Senior Leaving Certificate Examination (including Day School Certificate (Higher) General paper), 1948
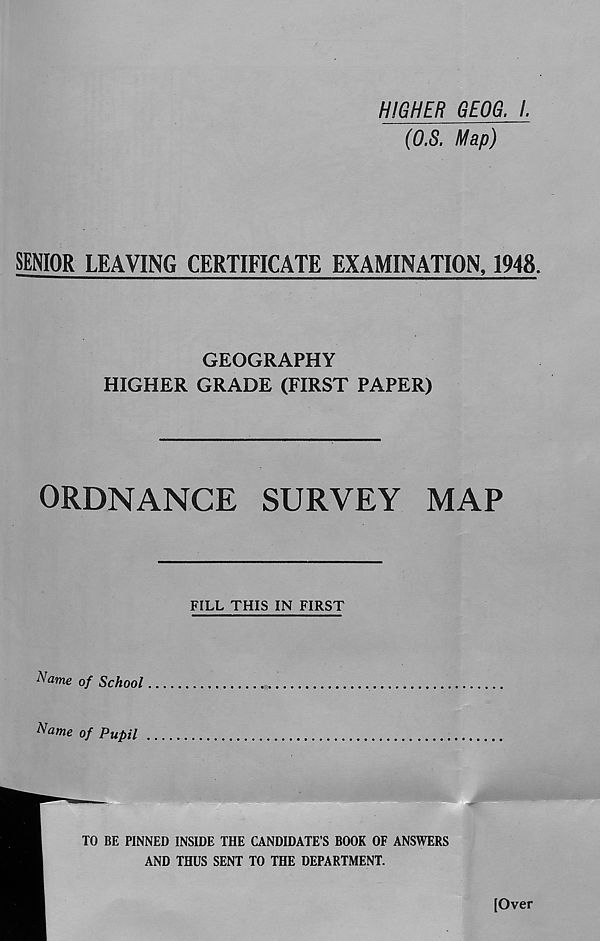
HIGHER GEOG. I.
(O.S. Map)
SENIOR LEAVING CERTIFICATE EXAMINATION, 1948.
GEOGRAPHY
HIGHER GRADE (FIRST PAPER)
ORDNANCE SURVEY MAP
FILL THIS IN FIRST
Name of School
Name of Pupil
TO BE PINNED INSIDE THE CANDIDATE’S BOOK OF ANSWERS
AND THUS SENT TO THE DEPARTMENT.
[Over